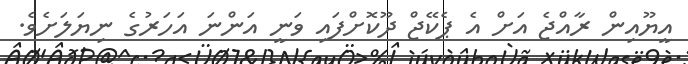
އީޔޫއިން ރާއްޖެ އަށް އެ ޕެކޭޖް ދޫކޮށްފައި ވަނީ އަންނަ އަހަރުގެ ނިޔަލަށެވެ.